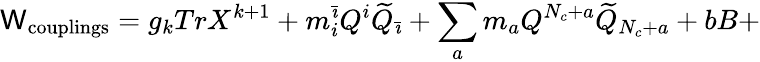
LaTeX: \mathsf{W}_{\mathrm{{couplings}}}=g_{k}TrX^{k+1}+m_{i}^{\bar{{\imath}}}Q^{i}\widetilde{{Q}}_{\bar{{\imath}}}+\sum_{a}m_{a}Q^{N_{c}+a}\widetilde{{Q}}_{N_{c}+a}+bB+